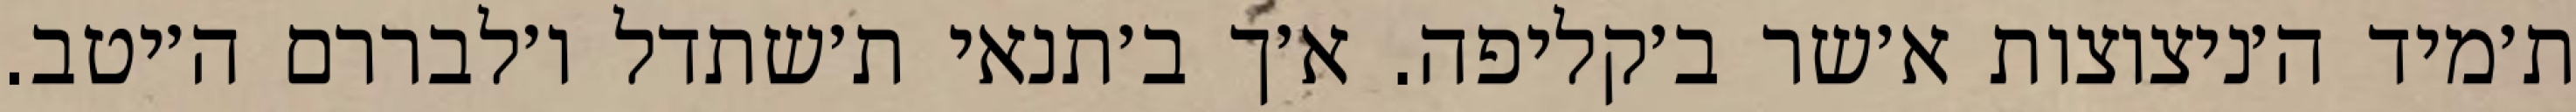
ת׳מיד ה׳ניצוצות א׳שר ב׳קליפה. א׳ך ב׳תנאי ת׳שתדל ו׳לבררם ה׳יטב.